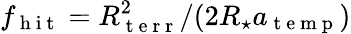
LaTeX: f_{\mathrm{~h~i~t~}}=R_{\mathrm{~t~e~r~r~}}^{2}/(2R_{\star}a_{\mathrm{~t~e~m~p~}})